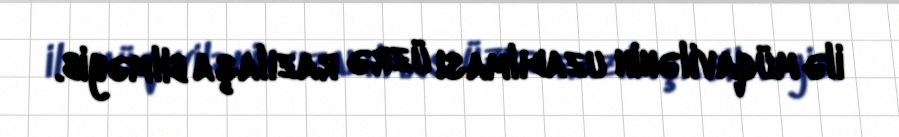
ilə müqavilənin uzadılması üzrə razılaşa bilməyib.